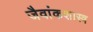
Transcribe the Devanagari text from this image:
जैवांकशास्त्र